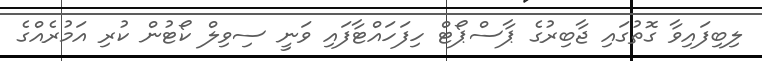
ލިބިފައިވާ ގޮތުގައި ޖާބިރުގެ ޕާސްޕޯޓް ހިފަހައްޓާފައި ވަނީ ސިވިލް ކޯޓުން ކުރި އަމުރެއްގެ